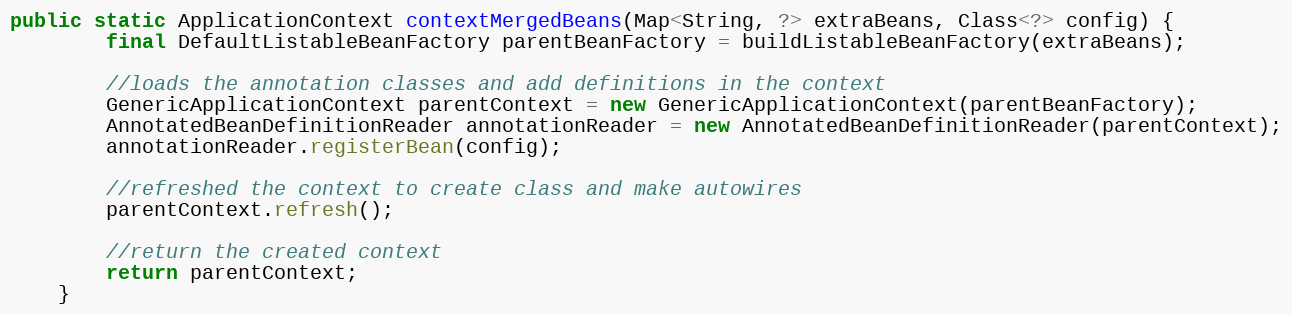
Language: Java
public static ApplicationContext contextMergedBeans(Map<String, ?> extraBeans, Class<?> config) {
        final DefaultListableBeanFactory parentBeanFactory = buildListableBeanFactory(extraBeans);

        //loads the annotation classes and add definitions in the context
        GenericApplicationContext parentContext = new GenericApplicationContext(parentBeanFactory);
        AnnotatedBeanDefinitionReader annotationReader = new AnnotatedBeanDefinitionReader(parentContext);
        annotationReader.registerBean(config);

        //refreshed the context to create class and make autowires
        parentContext.refresh();

        //return the created context
        return parentContext;
    }